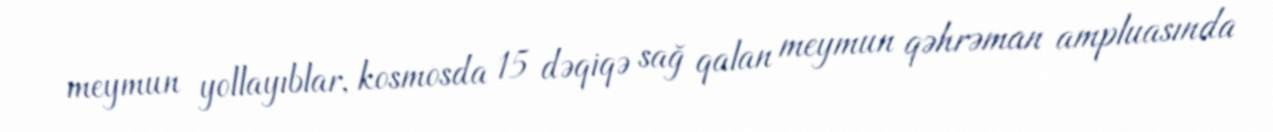
meymun yollayıblar, kosmosda 15 dəqiqə sağ qalan meymun qəhrəman ampluasında